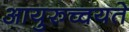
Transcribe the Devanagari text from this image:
आयुरुच्चयते